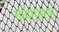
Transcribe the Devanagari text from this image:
दर्दशामक